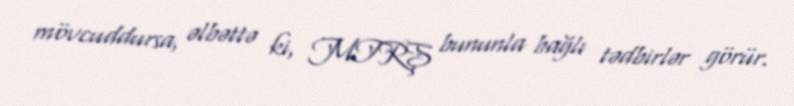
mövcuddursa, əlbəttə ki, MTRŞ bununla bağlı tədbirlər görür.